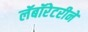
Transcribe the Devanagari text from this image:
लॅबॉरेटरीने